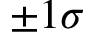
\pm 1 \sigma